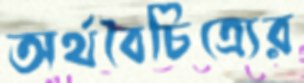
অর্থবৈচিত্র্যের